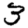
Digit: 3